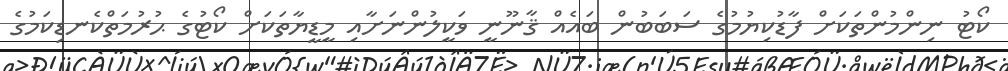
ކޯޓު ނިންމުންތަކަށް ފާޑުކިޔުމުގެ ސަބަބުން ބައެއް ޤާނޫނީ ވަކީލުންނަށާއި މީޑީޔާތަކަށް ކޯޓުގެ ޙުރުމަތްކެނޑިކަމުގެ